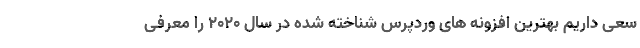
سعی داریم بهترین افزونه های وردپرس شناخته شده در سال ۲۰۲۰ را معرفی